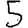
Digit: 5